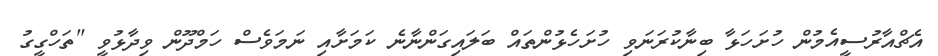
އެޗްއާރުސީއެމުން ހުށަހަޅާ ބިނާކުރަނަވި ހުށަހެޅުންތައް ބަލައިގަންނާނެ ކަމަށާއި ނަމަވެސް ހަމްދޫން ވިދާޅުވީ "ތަހްގީގު